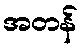
အတန်